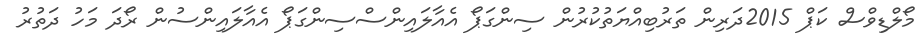
މޯލްޑިވްސް ކަޕް 2015ދަރިން ތަރުބިއްޔަތުކުރުން ސިންގަޕޯ އެއާލައިންސްސިންގަޕޯ އެއާލައިންސުން ރޯދަ މަހު ދަތުރު